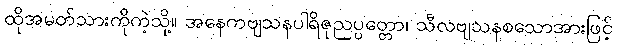
ထိုအမတ်သားကိုကဲ့သို့။ အနေကဗျသနပါရိဇုညပ္ပတ္တော၊ သီလဗျသနစသောအားဖြင့်